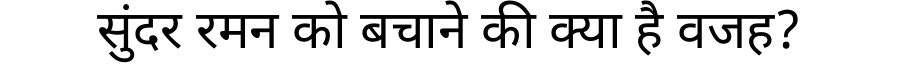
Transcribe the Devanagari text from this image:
सुंदर रमन को बचाने की क्या है वजह?